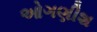
ઓગણીશ